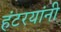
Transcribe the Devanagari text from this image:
हंटरयांनी